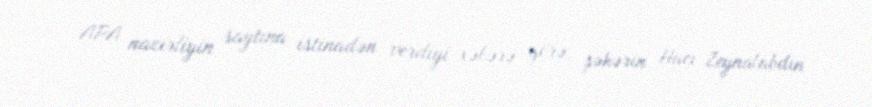
APA nazirliyin saytına istinadən verdiyi xəbərə görə, şəhərin Hacı Zeynalabdin